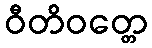
ဝီတိဝတ္တေ